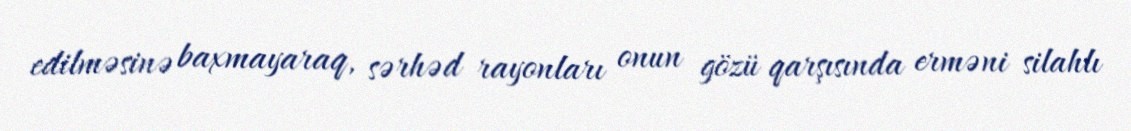
edilməsinə baxmayaraq, sərhəd rayonları onun gözü qarşısında erməni silahlı